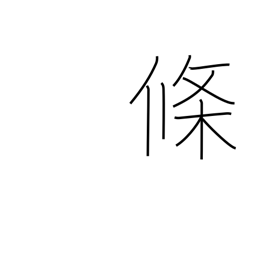
Meaning: counter for articles, clauses, paragraphs, etc.